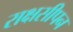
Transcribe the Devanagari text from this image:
राक्षसीपन